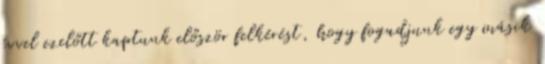
évvel ezelőtt kaptunk először felkérést, hogy fogadjunk egy másik